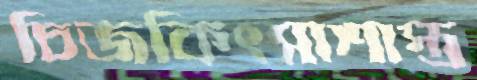
চিজকিৎসাশাস্ত্র